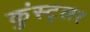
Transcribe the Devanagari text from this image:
कुंस्ट्लर